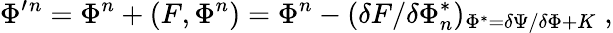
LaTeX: \Phi^{\prime}{}^{n}=\Phi{}^{n}+(F,\Phi^{n})=\Phi{}^{n}-(\delta F/\delta\Phi_{n}^{*})_{\Phi^{*}=\delta\Psi/\delta\Phi+K}\; ,